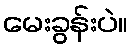
မေးခွန်းပဲ။